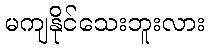
မကျနိုင်သေးဘူးလား